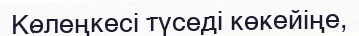
Көлеңкесі түседі көкейіңе,